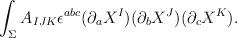
LaTeX: \begin{align*}\int_\Sigma A_{IJK} \epsilon^{abc} (\partial_a X^I) (\partial_bX^J)(\partial_c X^K).\end{align*}